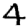
Digit: 4